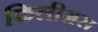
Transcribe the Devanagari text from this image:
फिलीअस